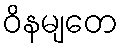
ဝိနမျတေ